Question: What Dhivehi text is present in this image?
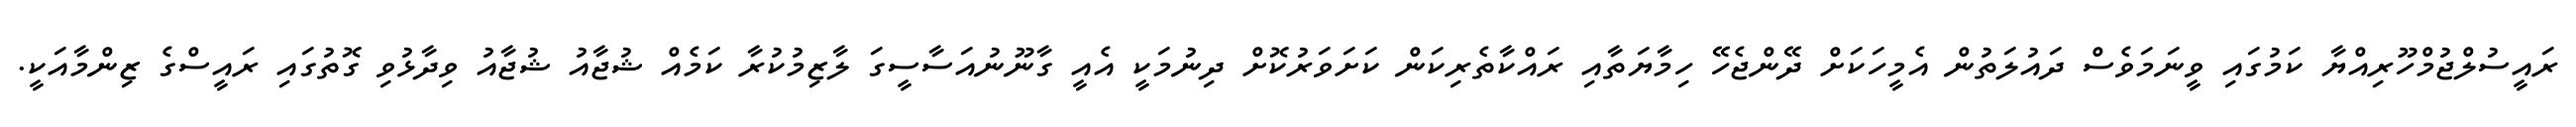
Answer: ރައީސުލްޖުމްހޫރިއްޔާ ކަމުގައި ވީނަމަވެސް ދައުލަތުން އެމީހަކަށް ދޭންޖެހޭ ހިމާޔަތާއި ރައްކާތެރިކަން ކަށަވަރުކޮށް ދިނުމަކީ އެއީ ގާނޫނުއަސާސީގަ ލާޒިމުކުރާ ކަމެއް ޝުޖާއު ޝުޖާއު ވިދާޅުވި ގޮތުގައި ރައީސްގެ ޒިންމާއަކީ.